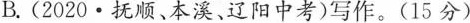
B.(2020·抚顺、本溪、辽阳中考)写作。(15分)